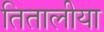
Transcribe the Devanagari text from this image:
तितालीया